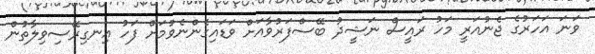
ވަނަ އަހަރުގެ ޖެނުއަރީ މަހު ރައީސް ނަޝީދު ބޭސްފަރުވާއަށް ވަޑައިގެންނެވުމަށް ފަހު އިނގިރޭސިވިލާތުން